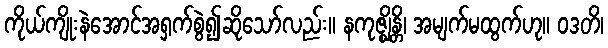
ကိုယ်ကျိုးနဲအောင်အရှက်စွဲ၍ဆိုသော်လည်း။ နကုဇ္ဈိန္တိ၊ အမျက်မထွက်ဟု။ ဝဒတိ၊